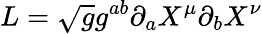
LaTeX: L=\sqrt{g}g^{ab}\partial_{a}X^{\mu}\partial_{b}X^{\nu}